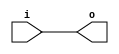
module abc9_test024_sub(input [1:0] i, output [1:0] o);
assign o = i;
endmodule